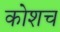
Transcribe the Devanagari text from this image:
कोशच